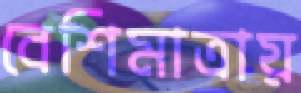
বেশিমাত্রায়